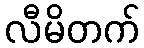
လီမိတက်